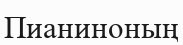
Пианиноның